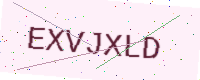
Text: EXVJXLD